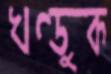
খণ্ডুক